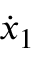
\dot { x } _ { 1 }